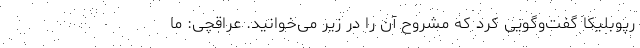
رپوبلیکا گفت‌وگویی کرد که مشروح آن را در زیر می‌خوانید. عراقچی: ما